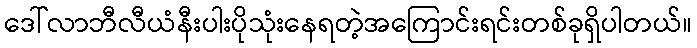
ဒေါ်လာဘီလီယံနီးပါးပိုသုံးနေရတဲ့အကြောင်းရင်းတစ်ခုရှိပါတယ်။